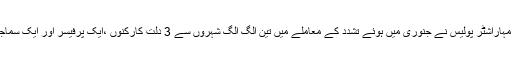
واضح ہو کہ جون مہینے میں مہاراشٹر پولیس نے جنوری میں ہوئے تشدد کے معاملے میں تین الگ الگ شہروں سے 3 دلت کارکنوں ،ایک پرفیسر اور ایک سماجی کارکن کو گرفتا کیا گیا تھا۔